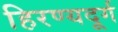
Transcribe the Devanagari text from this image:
हिरण्यदूर्ग